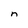
Character: n